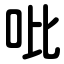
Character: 吡